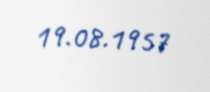
19.08.1957